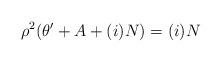
LaTeX: \begin{align*}\rho^2 (\theta'+A+(i)N) = (i)N\end{align*}